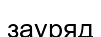
зауряд